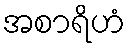
အစာရိဟံ